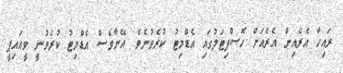
ރައިހާ އެރެއިން އެރެއަށް ހޮސްޕިޓަލުގައި އެޑްމިޓު ކުރެވުނެވެ. އޭނާވެސް އެޑްމިޓު ކުރެވުނީ ވީއައިޕީ